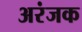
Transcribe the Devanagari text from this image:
अरंजक